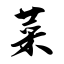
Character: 菜